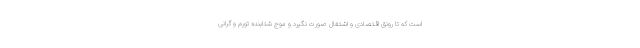
است که تا رونق اقتصادی و اشتغال صورت نگیرد و موج شتابنده تورم و گرانی